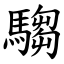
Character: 騶